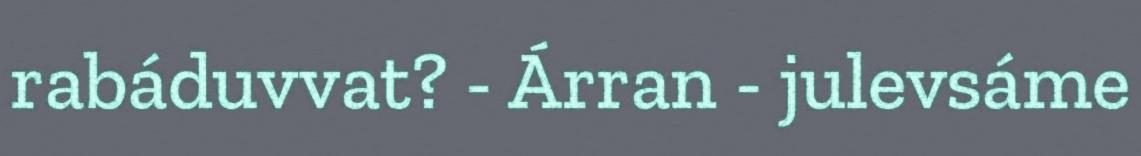
rabáduvvat? - Árran - julevsáme